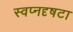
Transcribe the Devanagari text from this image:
स्वप्नदृषटा